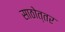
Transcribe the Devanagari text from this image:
साठोत्तर